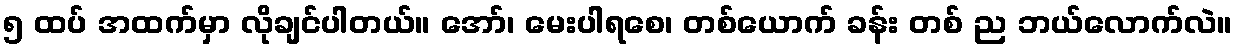
၅ ထပ် အထက်မှာ လိုချင်ပါတယ်။ အော်၊ မေးပါရစေ၊ တစ်ယောက် ခန်း တစ် ည ဘယ်လောက်လဲ။